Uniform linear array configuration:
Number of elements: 4
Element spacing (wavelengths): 0.25
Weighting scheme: uniform
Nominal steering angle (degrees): -15
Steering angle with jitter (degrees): -15.971
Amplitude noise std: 0.05
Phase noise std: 0.05

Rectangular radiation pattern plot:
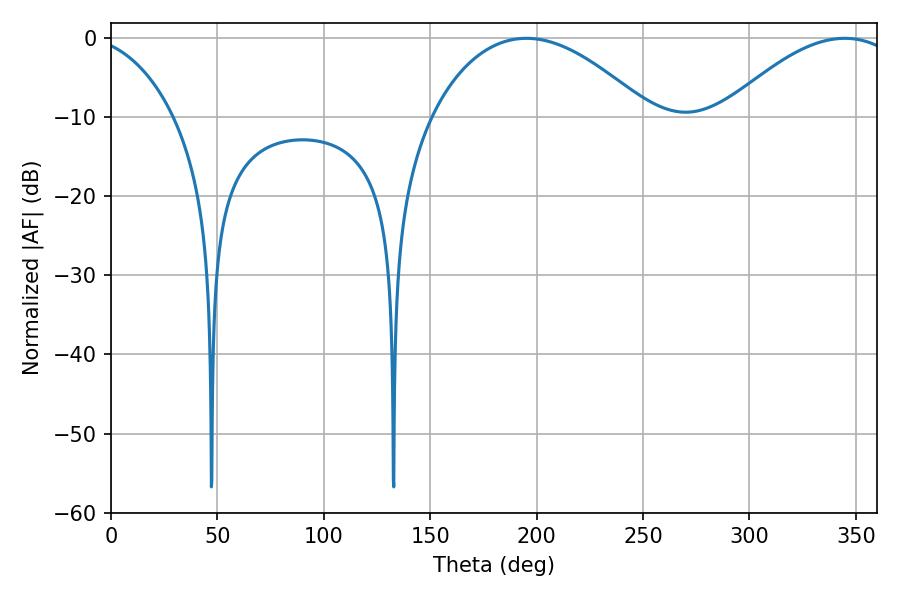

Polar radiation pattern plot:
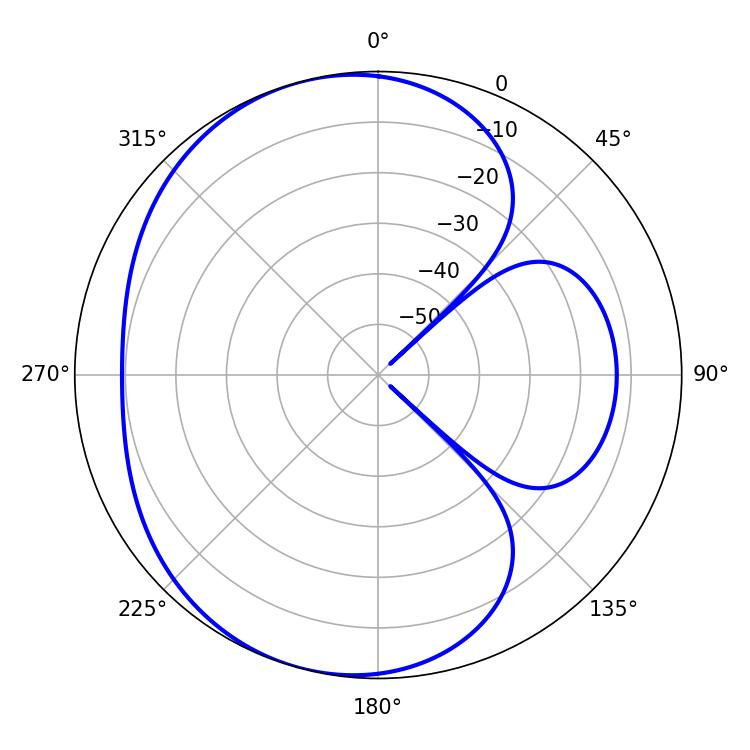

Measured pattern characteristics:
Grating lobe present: FALSE
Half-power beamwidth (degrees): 56.88
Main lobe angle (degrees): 195.12